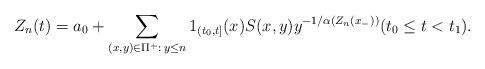
LaTeX: \begin{align*}Z_n(t) = a_0 +\sum_{(x,y) \in \Pi^+:\, y\leq n} 1_{(t_0,t]}(x) S(x,y)y^{-1/\alpha (Z_n(x_-))}(t_0 \leq t <t_1).\end{align*}